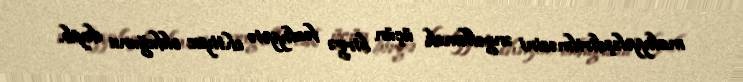
maliyyələşdirilməsini əngəlləmək üçün birgə fəaliyyətə ehtiyac olduğunu deyib.